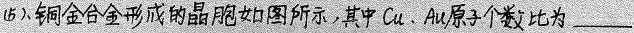
##(5).铜金合金形成的晶胞如图所示，其中Cu、Au原子个数比为___##